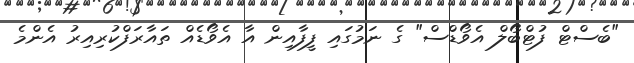
"ބެސްޓް ފުޓްބޯލް އެވޯޑްސް" ގެ ނަމުގައި ފީފާއިން އާ އެވޯޑެއް ތައާރަފްކުރިއިރު އެންމެ